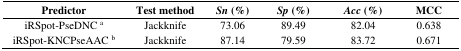
| Predictor | Test method | Sn (%) | Sp (%) | Acc (%) | MCC |
 | --- | --- | --- | --- | --- | --- |
 | iRSpot-PseDNC a | Jackknife | 73.06 | 89.49 | 82.04 | 0.638 |
 | iRSpot-KNCPseAAC b | Jackknife | 87.14 | 79.59 | 83.72 | 0.671 |